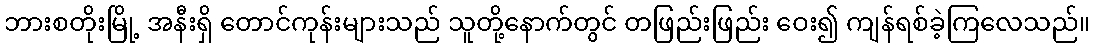
ဘားစတိုးမြို့ အနီးရှိ တောင်ကုန်းများသည် သူတို့နောက်တွင် တဖြည်းဖြည်း ဝေး၍ ကျန်ရစ်ခဲ့ကြလေသည်။